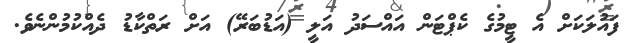
ފައުލަކަށް އެ ޓީމުގެ ކެޕްޓަން އައްސަދު އަލީ (އަޑުބަރޭ) އަށް ރަތްކާޑު ދެއްކުމުންނެވެ.